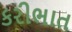
કરીભાત